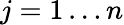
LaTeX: j=1\ldots n